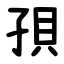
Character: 孭